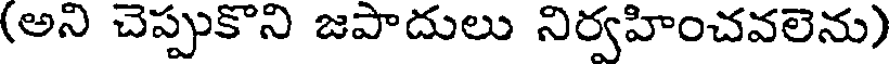
(అని చెప్పుకొని జపాదులు నిర్వహించవలెను)